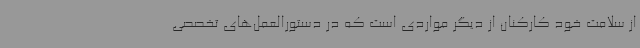
از سلامت خود کارکنان از دیگر مواردی است که در دستورالعمل‌های تخصصی